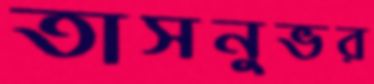
তাসনুভর